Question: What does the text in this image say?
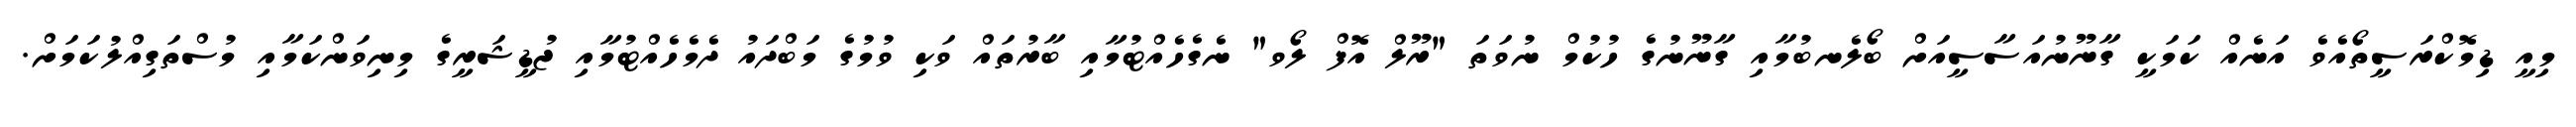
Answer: މިއީ ޑިމޮކްރަސީތޯއެވެ އަނެއް ކަމަކީ ގާނޫނުއަސާސީއަށް ބޯލެނބުމާއި ގާނޫނުގެ ހުކުމް ނުވަތަ "ރޫލް އޮފް ލޯވ" ނެގެހެއްޓުމާއި ބާރުތައް ވަކި ވުމުގެ މަބްދައު ދެމެހެއްޓުމާއި ޖުޑީޝަރީގެ މިނިވަންކަމާއި މުސްތަގިއްލުކަމަށް.